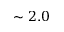
\sim 2 . 0